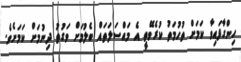
ހިންގާފައިވާ ކަމަށް ތުހުމަތު ކުރެވޭތީ އެ މައްސަލަތައް ބެލުމަށް ވަގުތު ދިނުމަށް ކަމަށެެވެ.